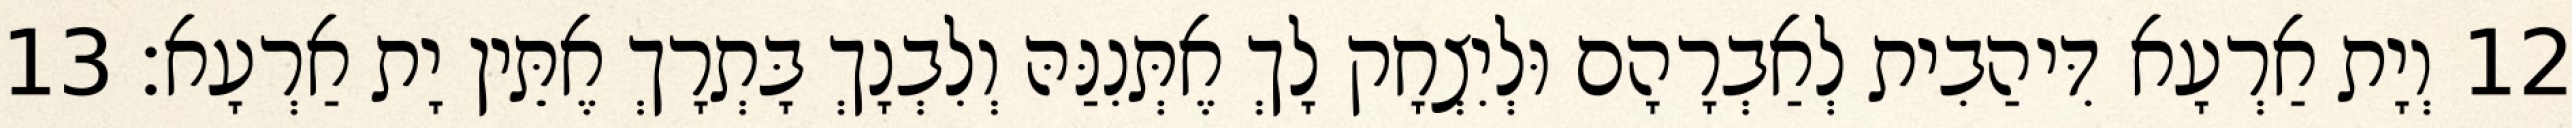
12 וְיָת אַרְעָא דִּיהַבִית לְאַבְרָהָם וּלְיִצְחָק לָךְ אֶתְּנִנַּהּ וְלִבְנָךְ בָּתְרָךְ אֶתֵּין יָת אַרְעָא׃ 13